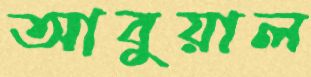
আবুয়াল